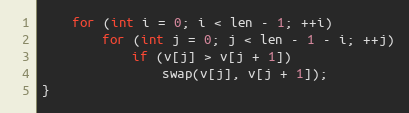
Language: C
	for (int i = 0; i < len - 1; ++i)
		for (int j = 0; j < len - 1 - i; ++j)
			if (v[j] > v[j + 1])
				swap(v[j], v[j + 1]);
}